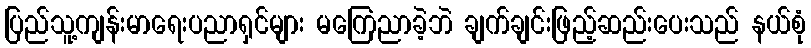
ပြည်သူ့ကျန်းမာရေးပညာရှင်များ မကြေညာခဲ့ဘဲ ချက်ချင်းဖြည့်ဆည်းပေးသည် နယ်စုံ